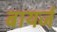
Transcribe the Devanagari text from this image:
बायर्ज